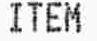
ITEM